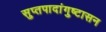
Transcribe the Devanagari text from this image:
सुप्तपादांगुष्टासन